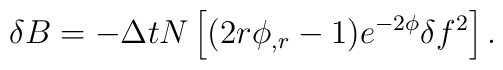
\delta B = -\Delta t N \left[ (2r\phi_{,r}-1)                  e^{-2\phi} \delta f^2 \right].